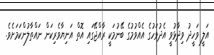
އަލީ ވަހީދު ވިދާޅުވީ އެދުވަހުގެ އެއްވުމުގެ ބޭނުމަކީ ރާއްޖޭގައި އޮތް އަނިޔާވެރިކަން ނައްތާލުންކަމަށެވެ.